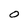
Character: 0